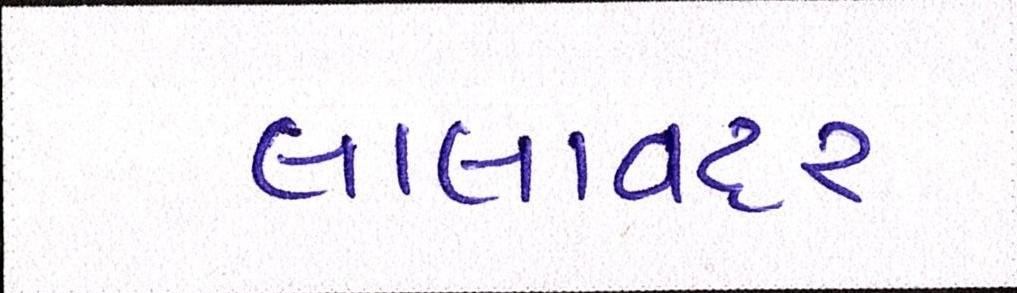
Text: લાલાવદર